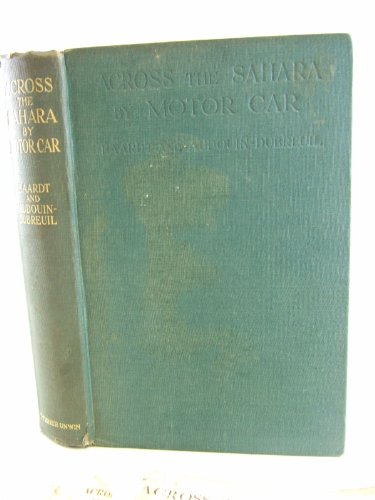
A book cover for Across the Sahara by motor car: From Touggourt to Timbuctoo,; Georges Marie Haardt; Travel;